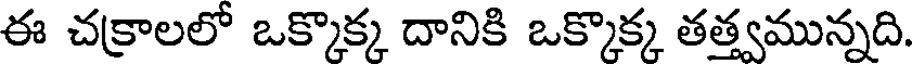
ఈ చక్రాలలో ఒక్కొక్క దానికి ఒక్కొక్క తత్త్వమున్నది.